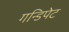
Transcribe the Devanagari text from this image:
गन्डिपेट